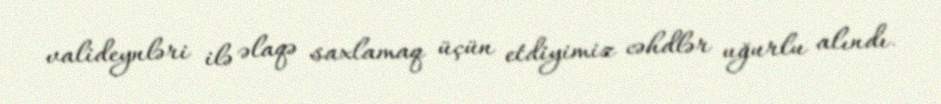
valideynləri ilə əlaqə saxlamaq üçün etdiyimiz cəhdlər uğurlu alındı.